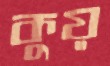
কুয়